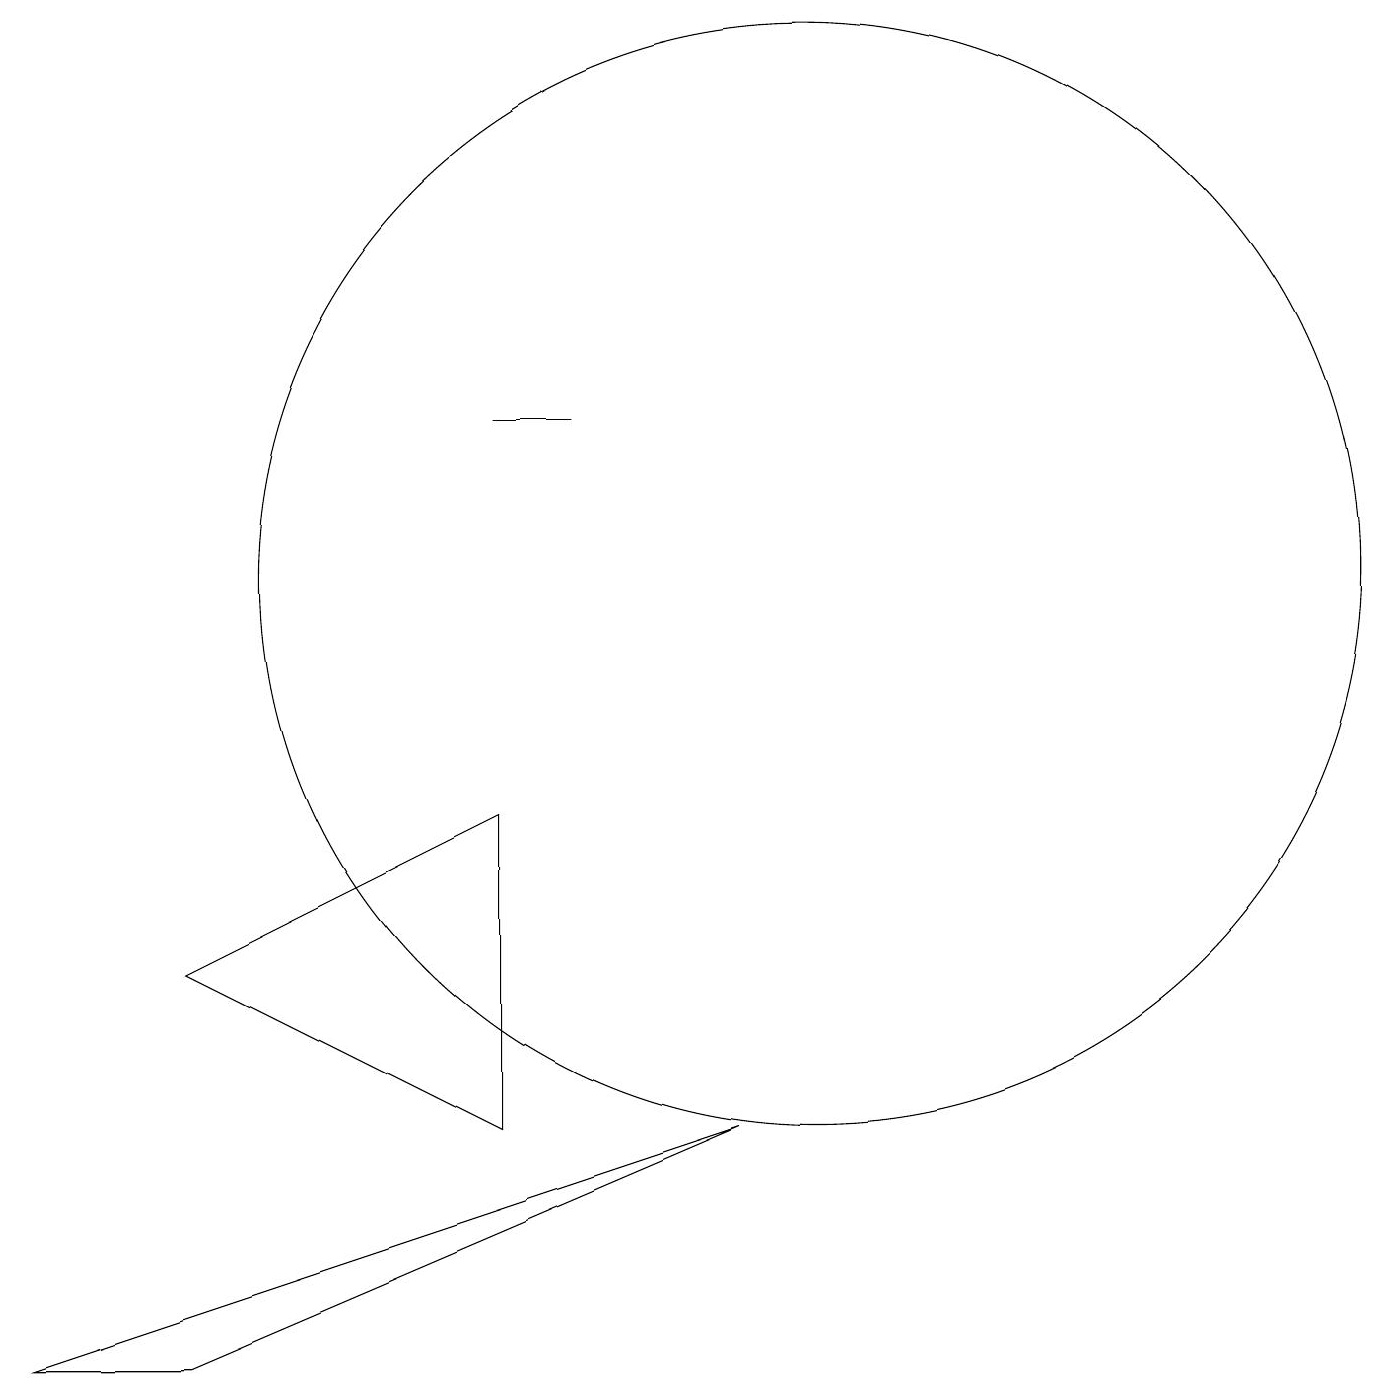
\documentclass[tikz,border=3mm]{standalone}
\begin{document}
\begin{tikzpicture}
\draw (9,5) -- (2,2) -- (0,2) -- cycle;
\draw (6,14) rectangle (7,14);
\draw (10,12) circle (7);
\draw (6,5) -- (6,9) -- (2,7) -- cycle;
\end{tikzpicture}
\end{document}